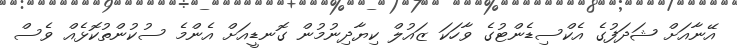
އޭނާއަށް ޝަދަފުގެ އެކްސިޑެންޓުގެ ވާހަކަ ޒައުލް ކިޔާދިނުމުން ގޮނޑީއަށް އެންމެ ސުކުންތުކޮޅެއް ވެސް